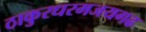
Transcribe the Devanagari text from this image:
ठाकुरधरमजयगढ